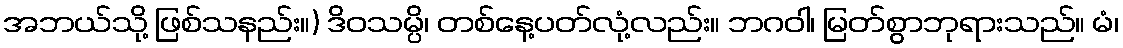
အဘယ်သို့ ဖြစ်သနည်း။) ဒိဝသမ္ပိ၊ တစ်နေ့ပတ်လုံ့လည်း။ ဘဂဝါ၊ မြတ်စွာဘုရားသည်။ မံ၊